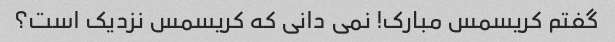
گفتم کریسمس مبارک! نمی دانی که کریسمس نزدیک است؟